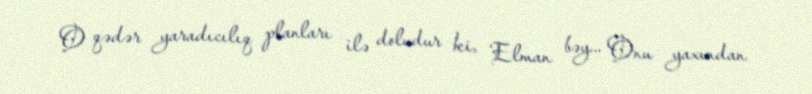
O qədər yaradıcılıq planları ilə doludur ki, Elman bəy... Onu yaxından